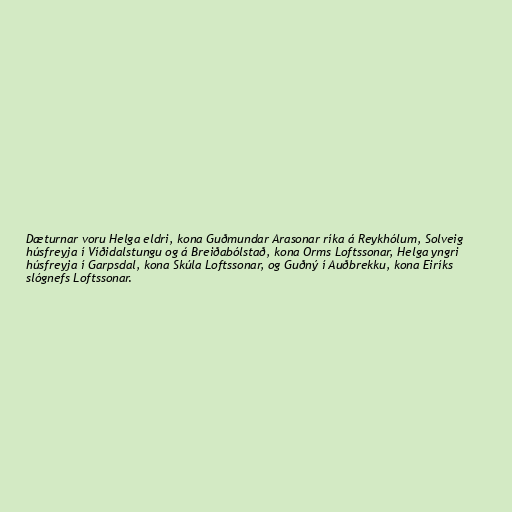
Dæturnar voru Helga eldri, kona Guðmundar Arasonar ríka á Reykhólum, Solveig
húsfreyja í Víðidalstungu og á Breiðabólstað, kona Orms Loftssonar, Helga yngri
húsfreyja í Garpsdal, kona Skúla Loftssonar, og Guðný í Auðbrekku, kona Eiríks
slógnefs Loftssonar.